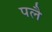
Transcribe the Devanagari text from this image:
पलै